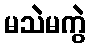
မသဲမကွဲ